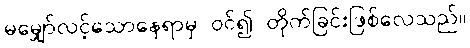
မမျှော်လင့်သောနေရာမှ ဝင်၍ တိုက်ခြင်းဖြစ်လေသည်။